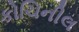
કોચિનીલ